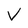
Character: V